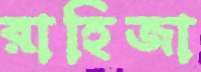
রাহিজা